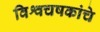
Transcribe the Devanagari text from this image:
विश्वचषकांचे